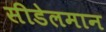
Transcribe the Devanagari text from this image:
सीडेलमान